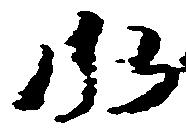
水